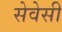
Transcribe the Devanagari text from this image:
सेवेसी